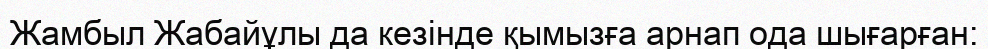
Жамбыл Жабайұлы да кезінде қымызға арнап ода шығарған: